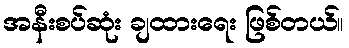
အနီးစပ်ဆုံး ချထားရေး ဖြစ်တယ်။